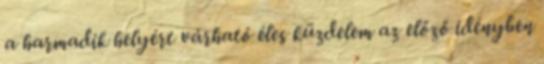
a harmadik helyért várható éles küzdelem az előző idényben